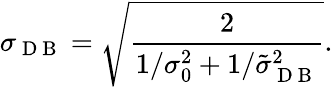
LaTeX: \sigma_{\mathrm{~D~B~}}=\sqrt{\frac{2}{1/\sigma_{0}^{2}+1/\tilde{\sigma}_{\mathrm{~D~B~}}^{2}}}.